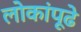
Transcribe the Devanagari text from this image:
लोकांपूढे